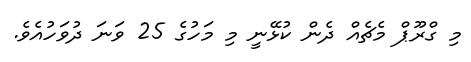
މި ގްރޫޕް މެޗެއް ދެން ކުޅޭނީ މި މަހުގެ 25 ވަނަ ދުވަހުއެވެ.